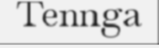
Tennga